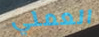
العملي